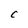
Character: C